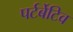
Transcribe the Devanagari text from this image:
पर्टर्बेटिव